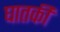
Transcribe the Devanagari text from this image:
घातकी